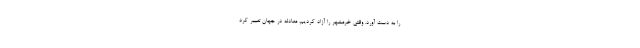
را به دست آورد. وقتی خرمشهر را آزاد کردیم، معادله در جهان تغییر کرد